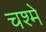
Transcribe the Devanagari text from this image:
चश्‍मे